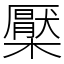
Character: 檿